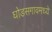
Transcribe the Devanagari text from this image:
घोडसगावमध्ये